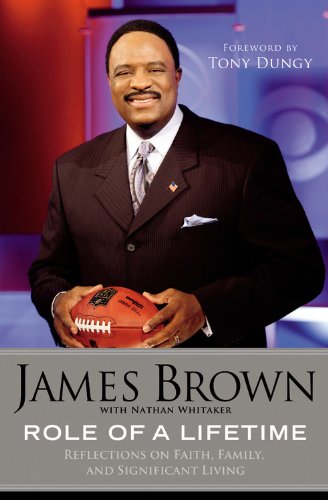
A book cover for Role of a Lifetime: Reflections on Faith, Family, and Significant Living; James Brown; Sports & Outdoors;